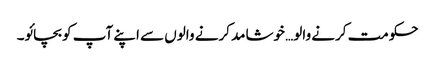
حکومت کرنے والو… خوشامد کرنے والوں سے اپنے آپ کو بچائو۔